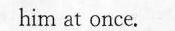
him at once.